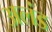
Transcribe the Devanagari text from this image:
अलंड